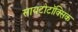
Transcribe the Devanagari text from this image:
सायटोटॉक्सिक